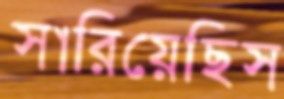
সারিয়েছিস